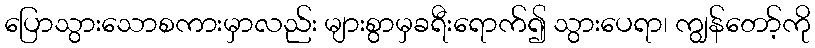
ပြောသွားသောစကားမှာလည်း များစွာမှခရီးရောက်၍ သွားပေရာ၊ ကျွန်တော့်ကို